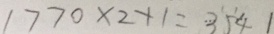
1 7 7 0 \times 2 + 1 = 3 5 4 1